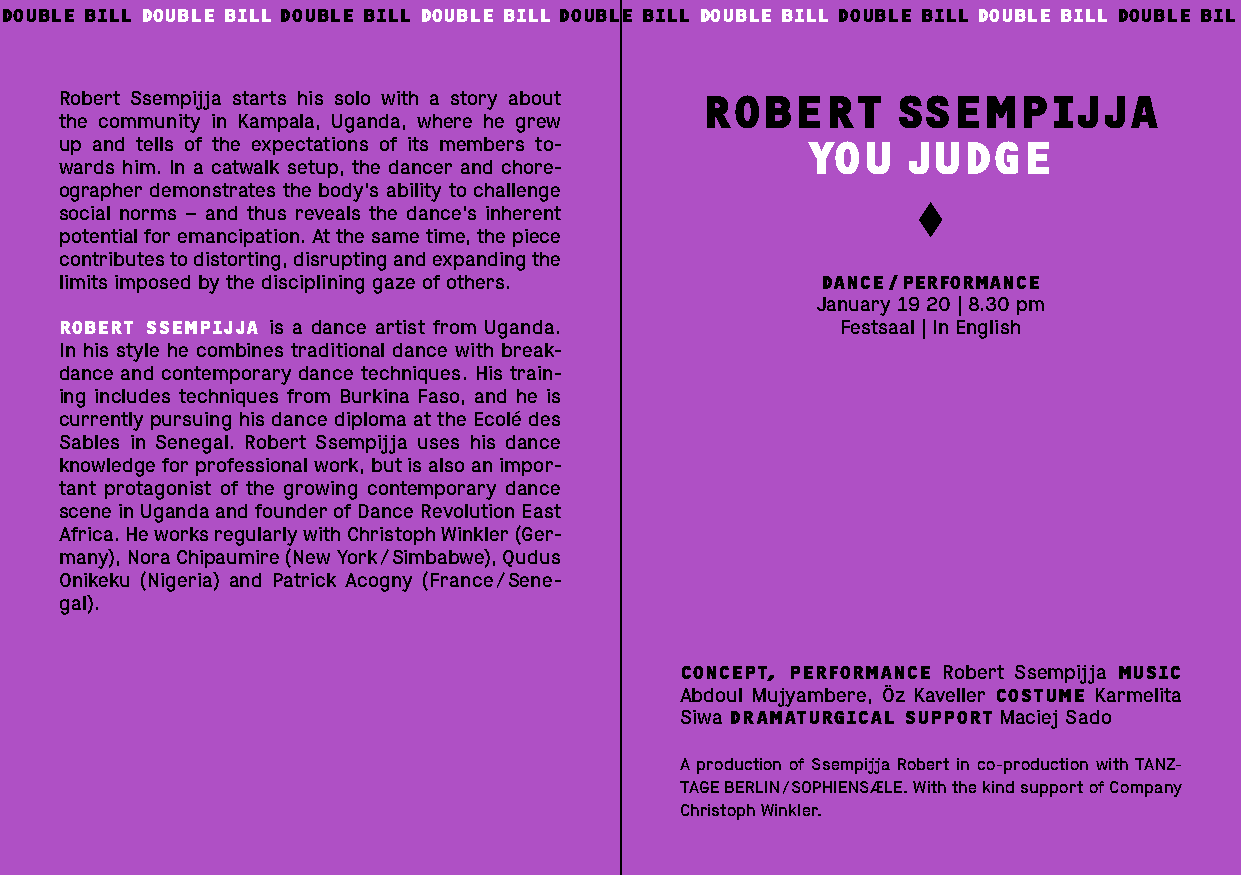
DOUBLE BILL DOUBLE BILL DOUBLE BILL DOUBLE BILL DOUBLE BILL DOUBLE BILL DOUBLE BILL DOUBLE BILL DOUBLE BIL
 Robert Ssempijja starts his solo with a story about ROBERT SSEMPIJJA
 the community in Kampala, Uganda, where he grew
 up and tells of the expectations of its members to- YOU JUDGE
 wards him. In a catwalk setup, the dancer and chore-
 ographer demonstrates the body’s ability to challenge
 social norms – and thus reveals the dance’s inherent
 potential for emancipation. At the same time, the piece
 contributes to distorting, disrupting and expanding the
 limits imposed by the disciplining gaze of others. DANCE / PERFORMANCE
 January 19 20 | 8.30 pm
 ROBERT SSEMPIJJA is a dance artist from Uganda.     Festsaal | In English
 In his style he combines traditional dance with break-
 dance and contemporary dance techniques. His train-
 ing includes techniques from Burkina Faso, and he is
 currently pursuing his dance diploma at the Ecolé des
 Sables in Senegal. Robert Ssempijja uses his dance
 knowledge for professional work, but is also an impor-
 tant protagonist of the growing contemporary dance
 scene in Uganda and founder of Dance Revolution East
 Africa. He works regularly with Christoph Winkler (Ger-
 many), Nora Chipaumire (New York / Simbabwe), Qudus
 Onikeku (Nigeria) and Patrick Acogny (France / Sene-
 gal).
 CONCEPT, PERFORMANCE Robert Ssempijja MUSIC
 Abdoul Mujyambere, Öz Kaveller COSTUME Karmelita
 Siwa DRAMATURGICAL SUPPORT Maciej Sado
 A production of Ssempijja Robert in co-production with TANZ-
 TAGE BERLIN / SOPHIENSÆLE. With the kind support of Company
 Christoph Winkler.